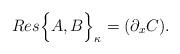
LaTeX: \begin{align*}Res \Big \{ A,B \Big \}_{\kappa} = ( \partial_{x} C).\end{align*}